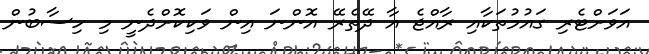
އަވަށްޓެރި ގައުމުތަކާއި ރާއްޖެ އާ ދޭތެރޭ އޮންނަ އިން ވަކިކޮށްދެނީ މި ހިސާބުން